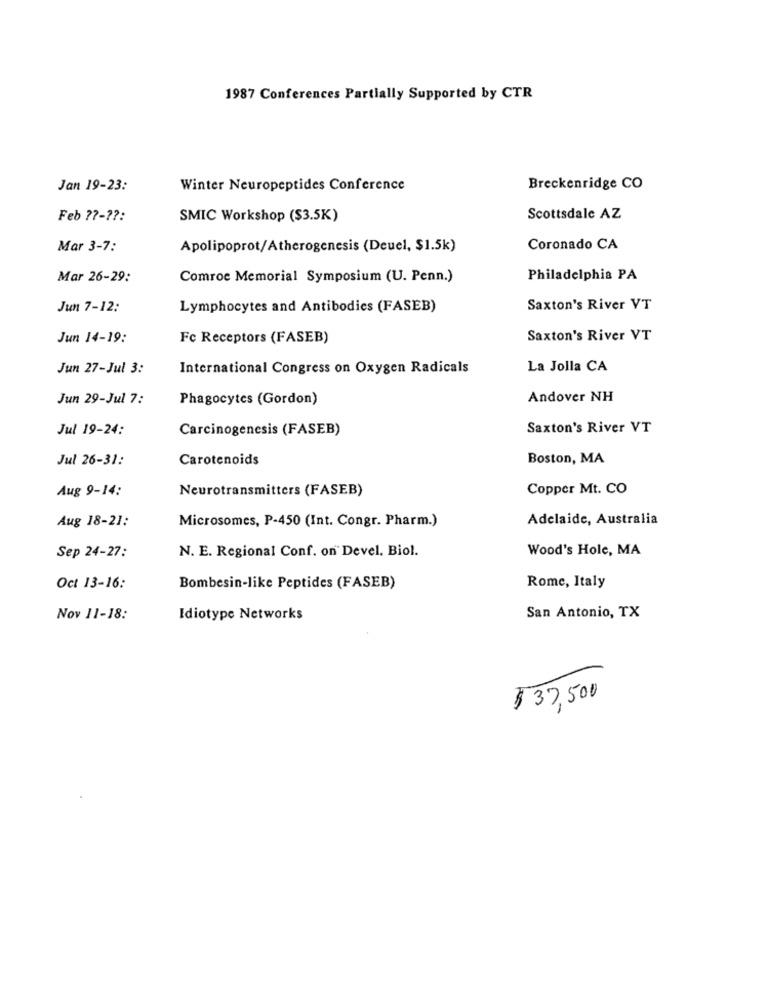
1987 Conferences Partially Supported by CTR
Jan 19-23:
Winter Neuropeptides Conference
Breckenridge CO
Feb ??-??:
SMIC Workshop ($3.5K)
Scottsdale AZ
Mar 3-7:
Apolipoprot/Atherogenesis (Deuel, $1.5k)
Coronado CA
Mar 26-29:
Comroe Memorial Symposium (U. Penn.)
Philadelphia PA
Jun 7-12:
Lymphocytes and Antibodies (FASEB)
Saxton's River VT
Jun 14-19:
Fc Receptors (FASEB)
Saxton's River VT
Jun 27-Jul 3:
International Congress on Oxygen Radicals
La Jolla CA
Jun 29-Jul 7:
Phagocytes (Gordon)
Andover NH
Jul 19-24:
Carcinogenesis (FASEB)
Saxton's River VT
Jul 26-31:
Carotenoids
Boston, MA
Aug 9-14:
Neurotransmitters (FASEB)
Copper Mt. CO
Aug 18-21:
Microsomes, P-450 (Int. Congr. Pharm.)
Adelaide, Australia
N. E. Regional Conf. on Devel. Biol.
Wood's Hole, MA
Sep 24-27:
Oct 13-16:
Bombesin-like Peptides (FASEB)
Rome, Italy
Nov 11-18:
Idiotype Networks
San Antonio, TX
$37,500